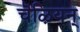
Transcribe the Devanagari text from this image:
चॆऴियन्